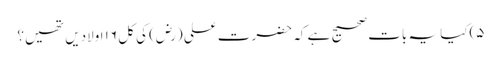
۵)کیا یہ بات صحیح ہے کہ حضرت علی (رض) کی کل ۱۶ اولادیں تھیں؟